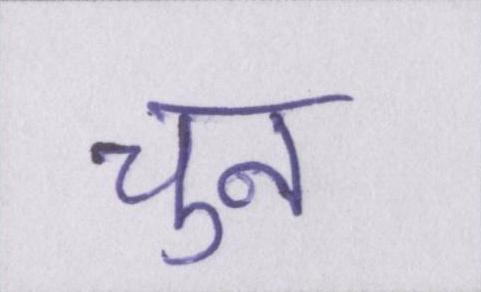
चुन